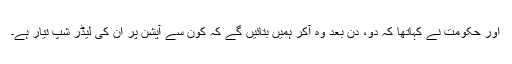
اور حکومت نے کہاتھا کہ دو، دن بعد وہ آکر ہمیں بتائیں گے کہ کون سے آپشن پر ان کی لیڈر شپ تیار ہے۔